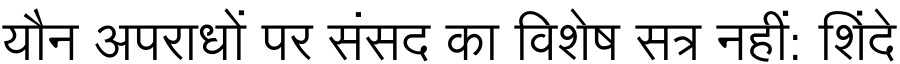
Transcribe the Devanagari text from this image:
यौन अपराधों पर संसद का विशेष सत्र नहीं: शिंदे